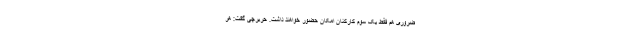
ضروری هم فقط یک سوم کارکنان امکان حضور خواهند داشت. حریرچی گفت: هر